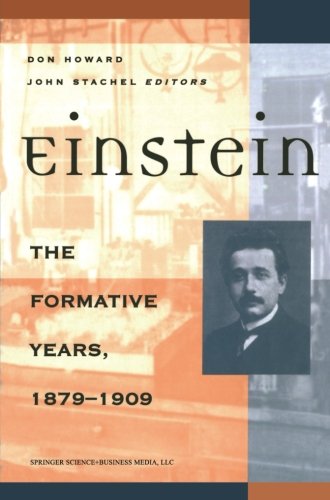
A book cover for Einstein the Formative Years, 1879-1909 (Einstein Studies); Science & Math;